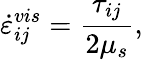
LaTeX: \dot{\varepsilon}_{ij}^{vis}=\frac{\tau_{ij}}{2\mu_{s}},